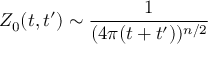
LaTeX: Z _ { 0 } ( t , t ^ { \prime } ) \sim \frac { 1 } { ( 4 \pi ( t + t ^ { \prime } ) ) ^ { n / 2 } }